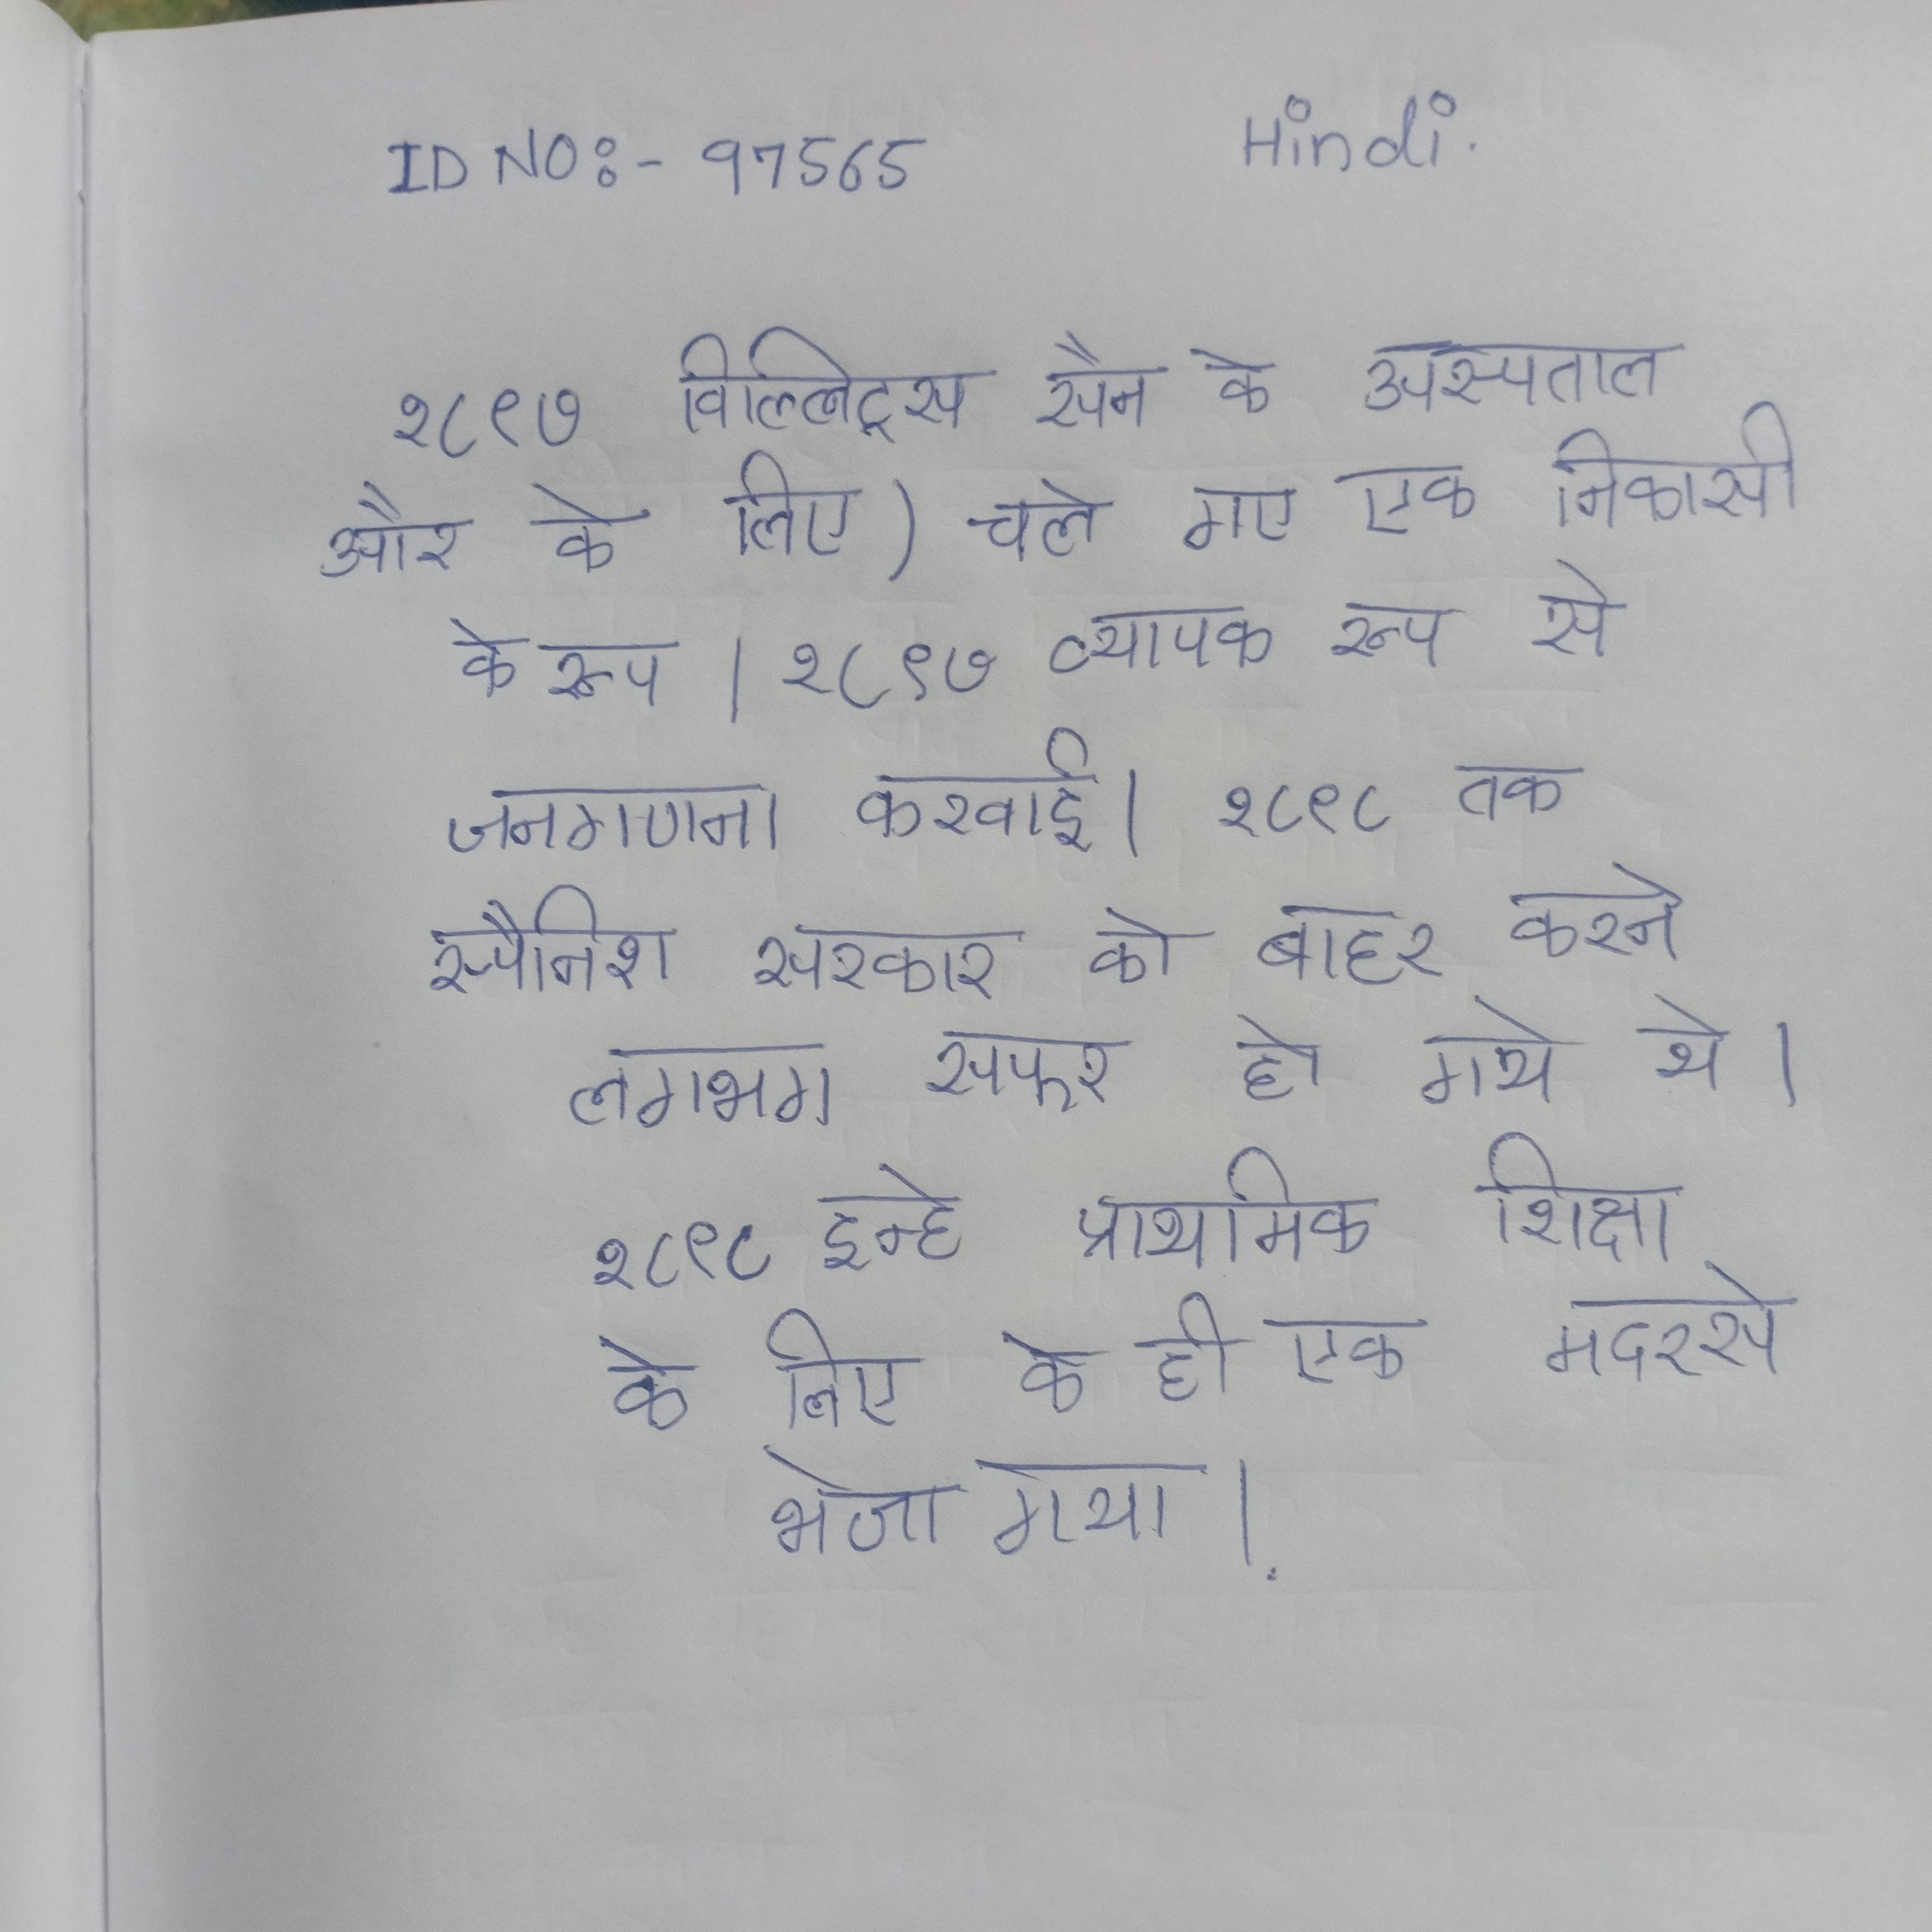
१८९७ विल्लिट्स सैन के अस्पताल और के लिए) चले गए एक निकासी के रूप । १८९७ व्यापक रूप से जनगणना करवाई । १८९८ तक स्पैनिश सरकार को बाहर करने लगभग सफल हो गये थे । १८९८ इन्हे प्राथमिक शिक्षा के लिए के ही एक मदरसे भेजा गया ।